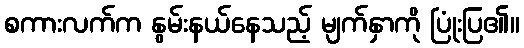
စကားလက်က နွမ်းနယ်နေသည့် မျက်နှာကို ပြုံးပြ၏။